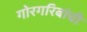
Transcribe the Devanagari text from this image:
गोरगरिबांची